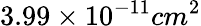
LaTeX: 3.99\times 10^{-11}cm^{2}